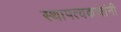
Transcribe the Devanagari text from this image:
स्थापत्यकारांनी